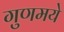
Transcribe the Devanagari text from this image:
गुणमये